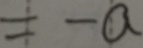
= - a